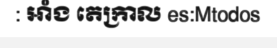
: អាំង តេក្រាល es:Mtodos